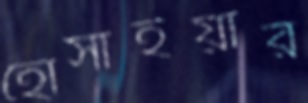
হোসাইয়ার